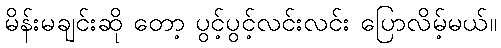
မိန်းမချင်းဆို တော့ ပွင့်ပွင့်လင်းလင်း ပြောလိမ့်မယ်။